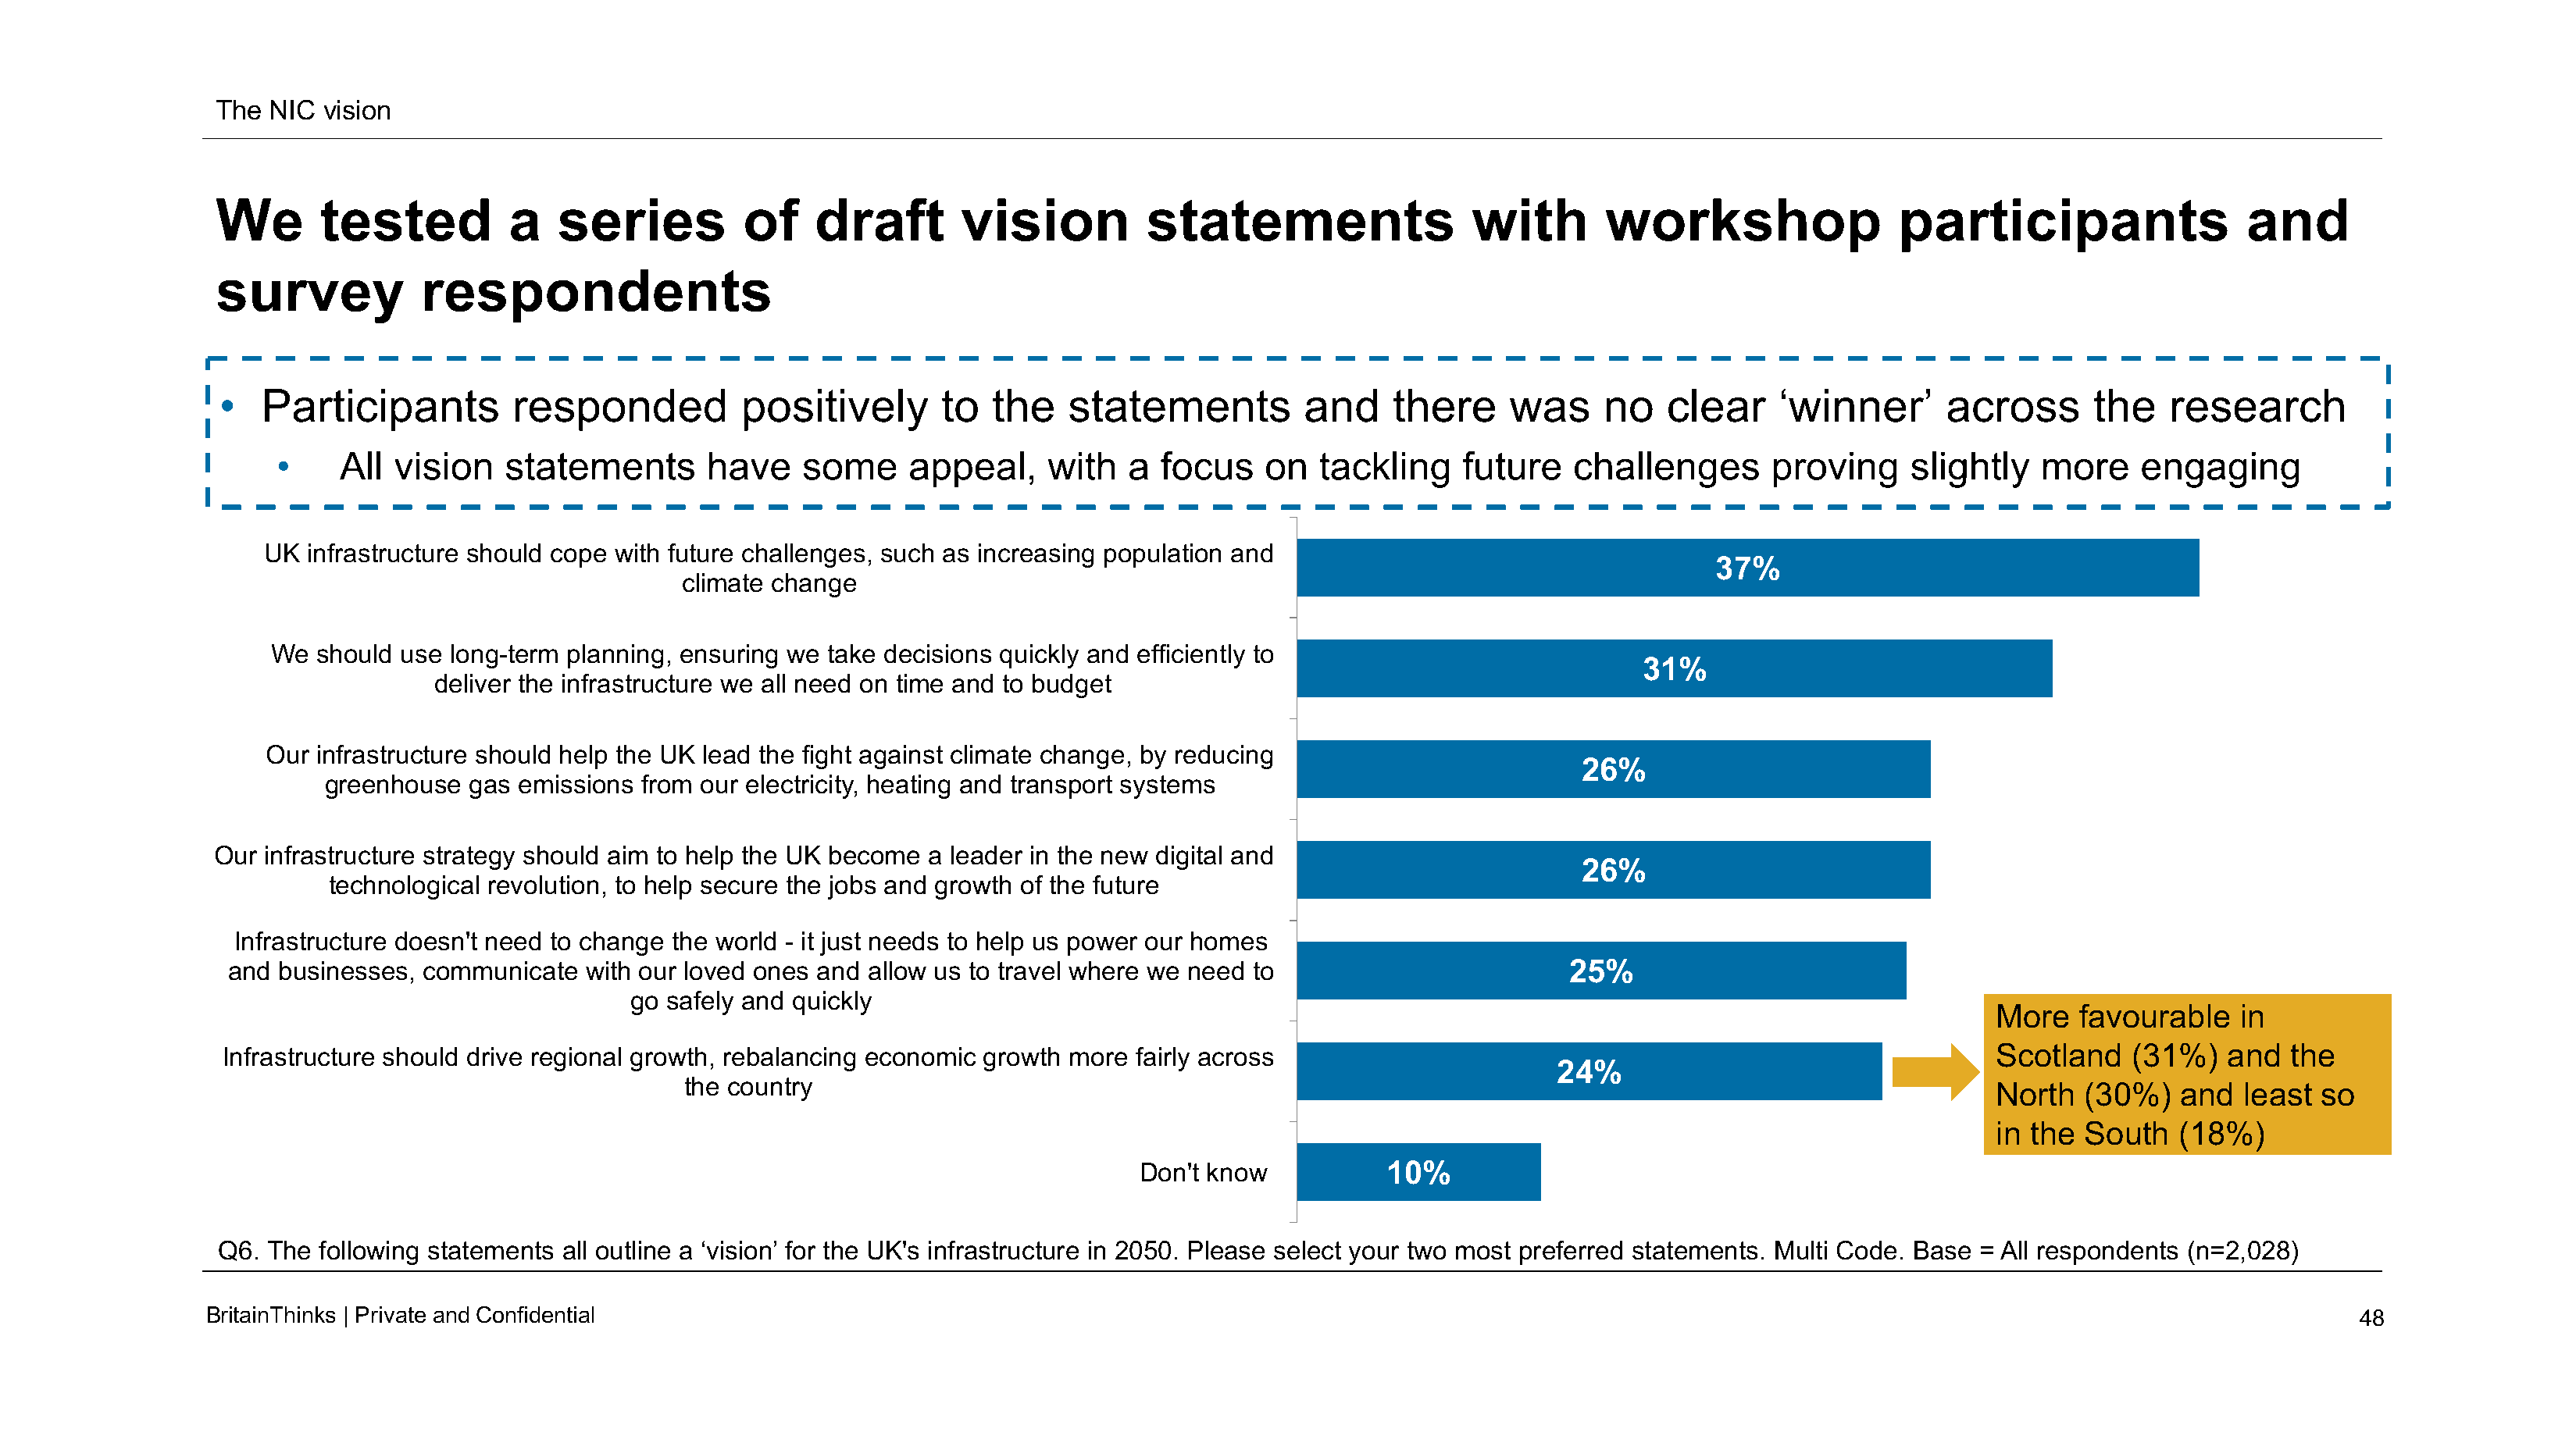
The  NIC vision
 We       tested          a   series          of    draft       vision          statements                  with       workshop                 participants                 and
 survey            respondents
 •  Participants         responded           positively       to  the    statements          and    there     was     no   clear     ‘winner’      across      the    research
 •     All vision    statements       have    some     appeal,     with   a focus    on   tackling    future   challenges       proving     slightly   more    engaging
 UK  infrastructure should cope with future challenges, such as increasing population and
 37%
 climate change
 We  should use long-term planning, ensuring we take decisions quickly and efficiently to
 31%
 deliver the infrastructure we all need on time and to budget
 Our infrastructure should help the UK lead the fight against climate change, by reducing
 26%
 greenhouse  gas emissions from our electricity, heating and transport systems
 Our infrastructure strategy should aim to help the UK become a leader in the new digital and
 26%
 technological revolution, to help secure the jobs and growth of the future
 Infrastructure doesn't need to change the world - it just needs to help us power our homes
 and  businesses, communicate   with our loved ones and allow us to travel where we need to                        25%
 go  safely and quickly
 More   favourable    in
 Infrastructure should drive regional growth, rebalancing economic growth more fairly across                                                           Scotland    (31%)   and  the
 24%
 the country                                                                                                    North   (30%)   and  least  so
 in the  South   (18%)
 Don't know           10%
 Q6.  The following statements all outline a ‘vision’ for the UK's infrastructure in 2050. Please select your two most preferred statements. Multi Code. Base = All respondents (n=2,028)
 BritainThinks | Private andConfidential                                                                                                                                                48